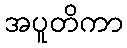
အပူတိကာ